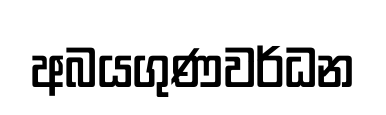
අබයගුණවර්ධන